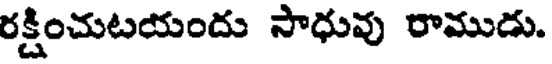
రక్షించుటయందు సాధువు రాముడు.